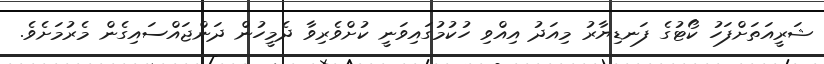
ޝަރީއަތަށްފަހު ކޯޓުގެ ފަނޑިޔާރު މިއަދު އިއްވި ހުކުމުގައިވަނީ ކުށްވެރިވާ ދެމީހުން ދަންޖައްސައިގެން މެރުމަށެވެ.